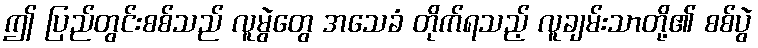
ဤ ပြည်တွင်းစစ်သည် လူမွဲတွေ အသေခံ တိုက်ရသည့် လူချမ်းသာတို့၏ စစ်ပွဲ